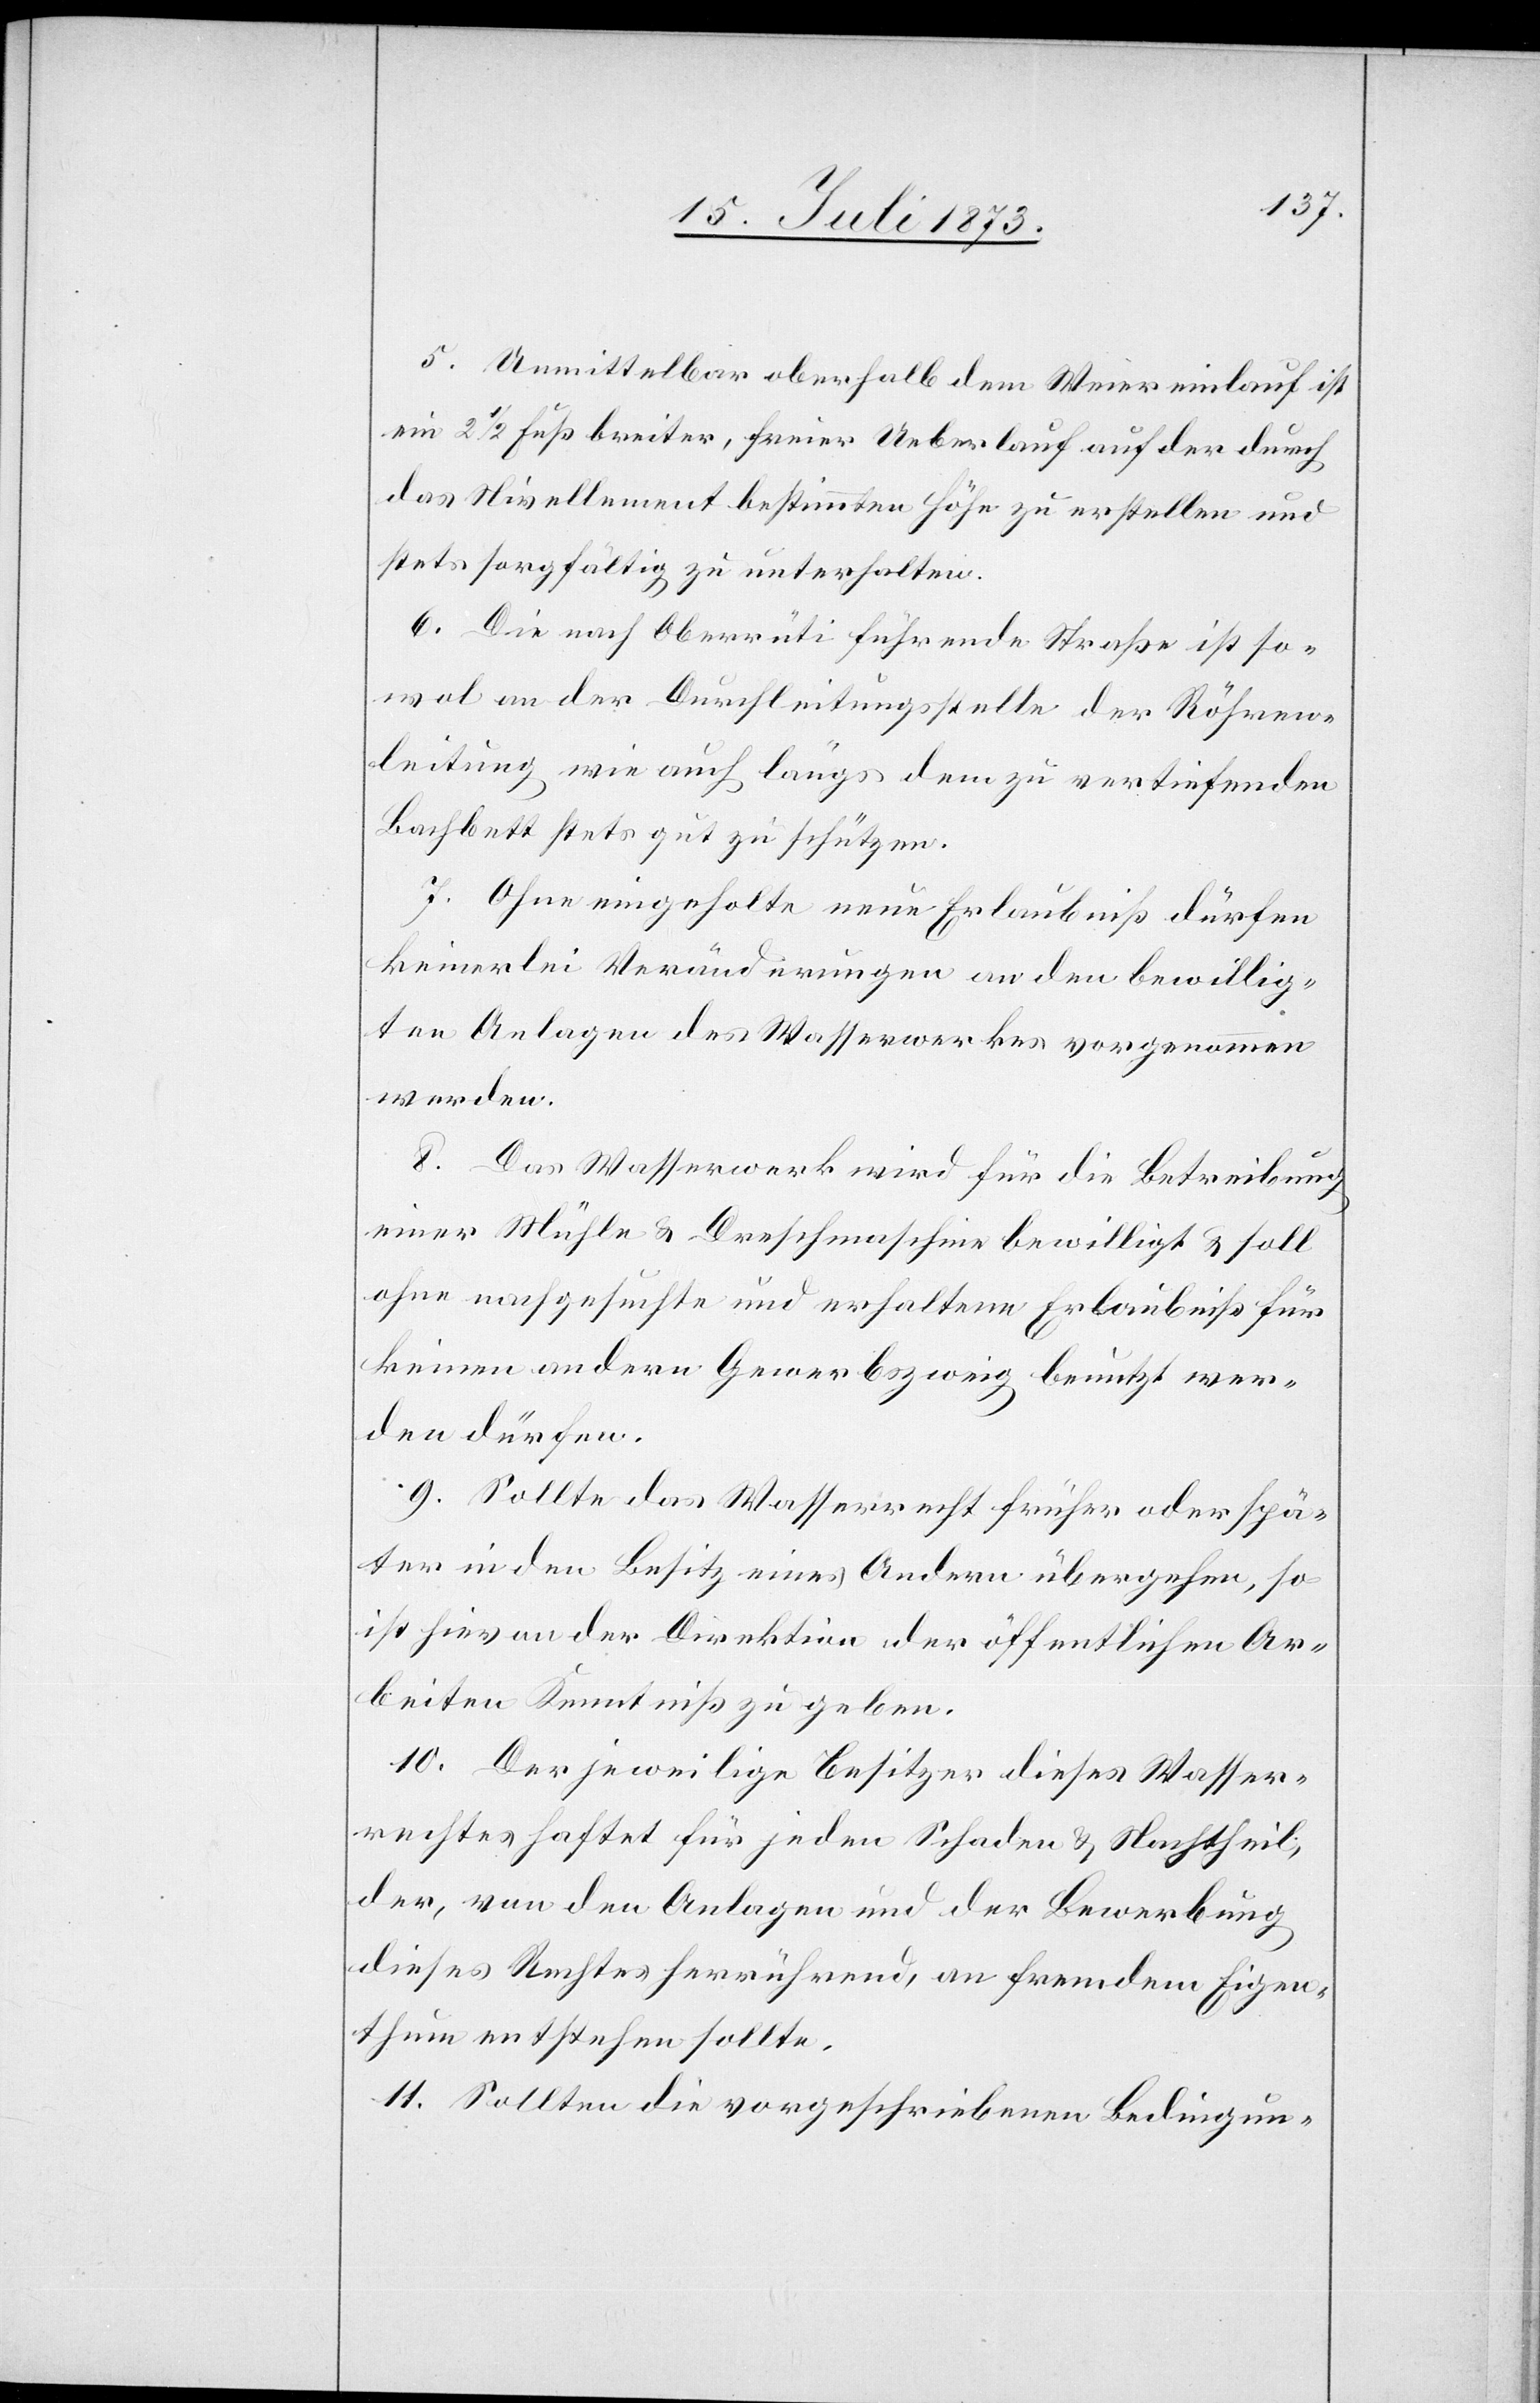
5. Unmittelbar oberhalb dem Weiereinlauf ist
ein 2 1/2 Fuß breiter, freier Ueberlauf auf der durch
das Nivellement bestimmten Höhe zu erstellen und
stets sorgfältig zu unterhalten.
6. Die nach Oberrüti führende Straße ist so¬
wol an der Durchleitungsstelle der Röhren¬
leitung wie auch längs dem zu vertiefenden
Bachbett stets gut zu schützen.
7. Ohne eingeholte neue Erlaubniß dürfen
keinerlei Veränderungen an den bewillig¬
ten Anlagen des Wasserwerkes vorgenommen
werden.
8. Das Wasserwerk wird für die Betreibung
einer Mühle & Dreschmaschine bewilligt & soll
ohne nachgesuchte und erhaltene Erlaubniß für
keinen andern Gewerbszweig benutzt wer¬
den dürfen.
9. Sollte das Wasserrecht früher oder spä¬
ter in den Besitz eines Andern übergehen, so
ist hievon der Direktion der öffentlichen Ar¬
beiten Kenntniß zu geben.
10. Der jeweilige Besitzer dieses Wasser¬
rechtes haftet für jeden Schaden & Nachtheil,
der, von den Anlagen und der Bewerbung
dieses Rechtes herrührend, an fremdem Eigen¬
thum entstehen sollte.
11. Sollten die vorgeschriebenen Bedingun-